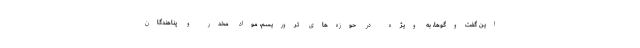
این گفت‌وگوها، به ویژه در حوزه‌های تروریسم، مواد مخدر و پناهندگان